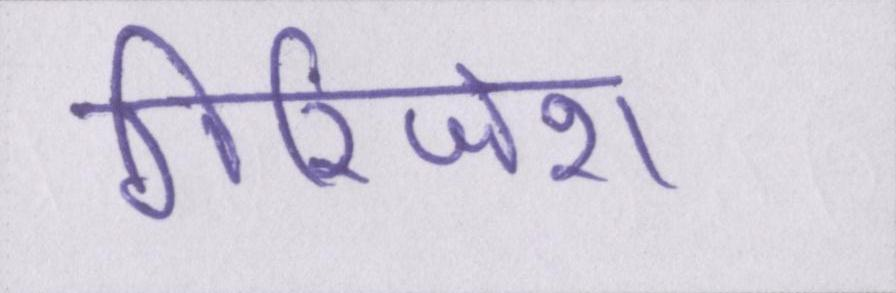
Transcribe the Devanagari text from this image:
गिरिजेश